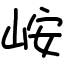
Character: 峖